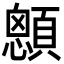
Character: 顖